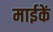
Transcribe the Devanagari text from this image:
माईकें